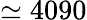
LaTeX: \simeq 4090